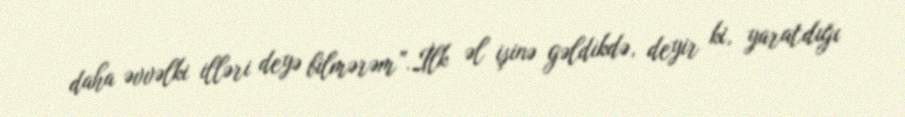
daha əvvəlki illəri deyə bilmərəm”.İlk əl işinə gəldikdə, deyir ki, yaratdığı